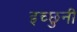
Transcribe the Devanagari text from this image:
इच्छुनी